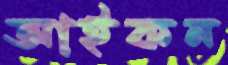
আইকন